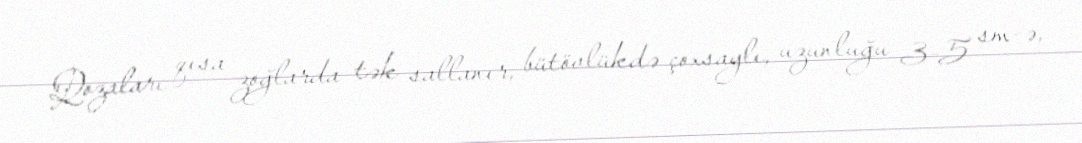
Qozaları qısa zoğlarda tək sallanır, bütövlükdə çoxsaylı, uzunluğu 3-5 sm-ə,